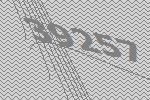
39257